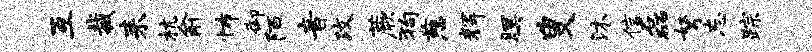
互裁耒杭俞怖御陌音攻蕨狗慈辉暝叟沐信磊弩忘踪